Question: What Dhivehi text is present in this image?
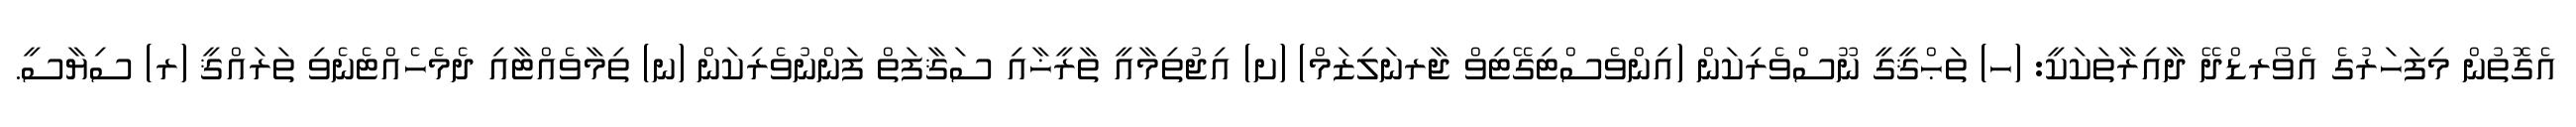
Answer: އެގޮތުން މިފަހަރުގެ އެވޯރޑްދޭ ދާއިރާތަކަކީ: (ހ) ތަޙްޤީގީ ނޫސްވެރިކަން (އިންވެސްޓިގޭޓިވް ޖާރނަލިޒަމް) (ށ) އިޖުތިމާއީ ތާރީޚާއި ސަޤާފަތް ފަންނުވެރިކަން (ނ) ތިމާވެއްޓާއި ދެމެހެއްޓެނެވި ތަރައްޤީ (ރ) ސިޔާސީ.